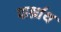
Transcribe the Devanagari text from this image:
पार्श्नाथ